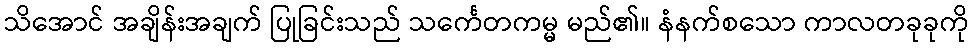
သိအောင် အချိန်းအချက် ပြုခြင်းသည် သင်္ကေတကမ္မ မည်၏။ နံနက်စသော ကာလတခုခုကို